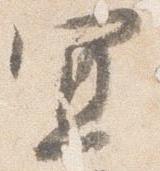
宜